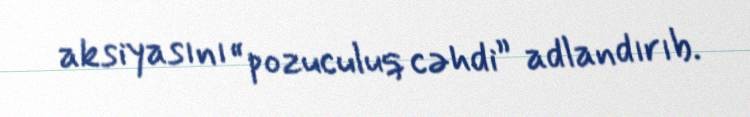
aksiyasını “pozuculuq cəhdi” adlandırıb.